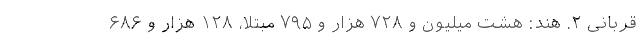
قربانی ۲. هند: هشت میلیون و ۷۲۸ هزار و ۷۹۵ مبتلا، ۱۲۸ هزار و ۶۸۶